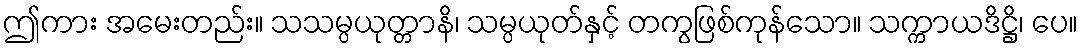
ဤကား အမေးတည်း။ သသမ္ပယုတ္တာနိ၊ သမ္ပယုတ်နှင့် တကွဖြစ်ကုန်သော။ သက္ကာယဒိဋ္ဌိ၊ ပေ။